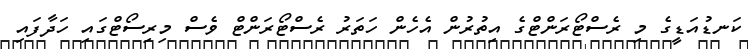
ކަނޑުއަޑީގެ މި ރެސްޓޯރަންޓްގެ އިތުރުން އެހެން ހަތަރު ރެސްޓޯރަންޓް ވެސް މިރިސޯޓްގައި ހަދާފައި